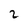
Character: 2